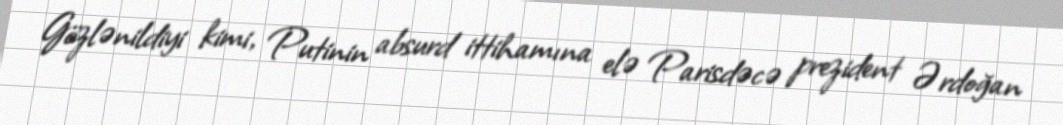
Gözlənildiyi kimi, Putinin absurd ittihamına elə Parisdəcə prezident Ərdoğan